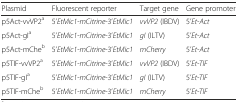
<table><thead><tr><td><b>Plasmid</b></td><td><b>Fluorescent reporter</b></td><td><b>Target gene</b></td><td><b>Gene promoter</b></td></tr></thead><tbody><tr><td>p5Act-vvVP2<sup>a</sup></td><td>5’<i>EtMic1</i>-<i>mCitrine</i>-3’<i>EtMic1</i></td><td><i>vvVP2</i> (IBDV)</td><td>5’<i>Et-Act</i></td></tr><tr><td>p5Act-gI<sup>a</sup></td><td>5’<i>EtMic1</i>-<i>mCitrine</i>-3’<i>EtMic1</i></td><td><i>gI</i> (ILTV)</td><td>5’<i>Et-Act</i></td></tr><tr><td>p5Act-mChe<sup>b</sup></td><td>5’<i>EtMic1</i>-<i>mCitrine</i>-3’<i>EtMic1</i></td><td><i>mCherry</i></td><td>5’<i>Et-Act</i></td></tr><tr><td>p5TIF-vvVP2<sup>a</sup></td><td>5’<i>EtMic1</i>-<i>mCitrine</i>-3’<i>EtMic1</i></td><td><i>vvVP2</i> (IBDV)</td><td>5’<i>Et-TIF</i></td></tr><tr><td>p5TIF-gI<sup>a</sup></td><td>5’<i>EtMic1</i>-<i>mCitrine</i>-3’<i>EtMic1</i></td><td><i>gI</i> (ILTV)</td><td>5’<i>Et-TIF</i></td></tr><tr><td>p5TIF-mChe<sup>b</sup></td><td>5’<i>EtMic1</i>-<i>mCitrine</i>-3’<i>EtMic1</i></td><td><i>mCherry</i></td><td>5’<i>Et-TIF</i></td></tr></tbody></table>